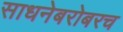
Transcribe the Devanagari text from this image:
साधनेबरोबरच